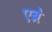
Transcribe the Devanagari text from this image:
एब्रे